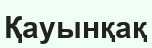
Қауынқақ